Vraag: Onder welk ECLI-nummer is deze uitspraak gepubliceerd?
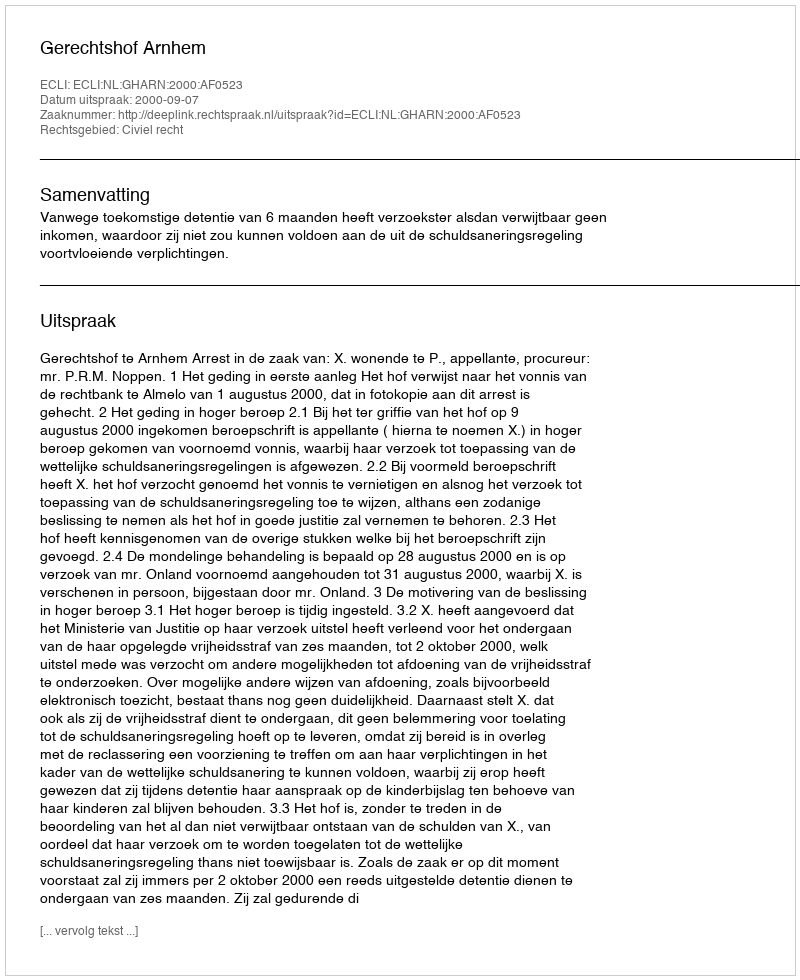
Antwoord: ECLI:NL:GHARN:2000:AF0523